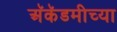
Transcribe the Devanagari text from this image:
अॅकॅडमीच्या